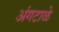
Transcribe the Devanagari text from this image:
अंगटाळे